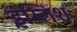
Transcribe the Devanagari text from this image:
इंग्लिशः